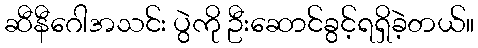
ဆီနီဂေါအသင်း ပွဲကို ဦးဆောင်ခွင့်ရရှိခဲ့တယ်။